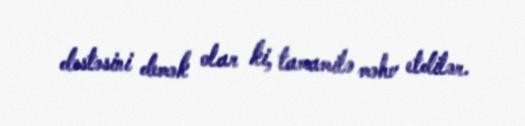
dəstəsini demək olar ki, tamamilə məhv etdilər.